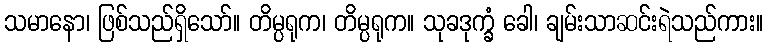
သမာနော၊ ဖြစ်သည်ရှိသော်။ တိမ္ပရုက၊ တိမ္ပရုက။ သုခဒုက္ခံ ခေါ၊ ချမ်းသာဆင်းရဲသည်ကား။